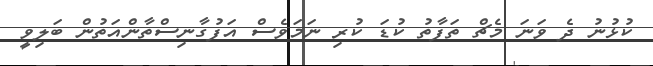
ކުޅުނު ދެ ވަނަ މެޗް ތަފާތު ކުޑަ ކުރި ނަމަވެސް އަފުގާނިސްތާންއަތުން ބަލިވީ